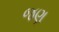
જણ